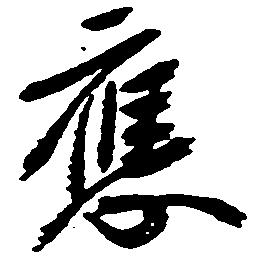
応